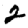
Digit: 2